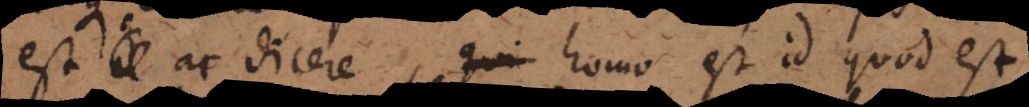
est ac dicere homo est id quod est